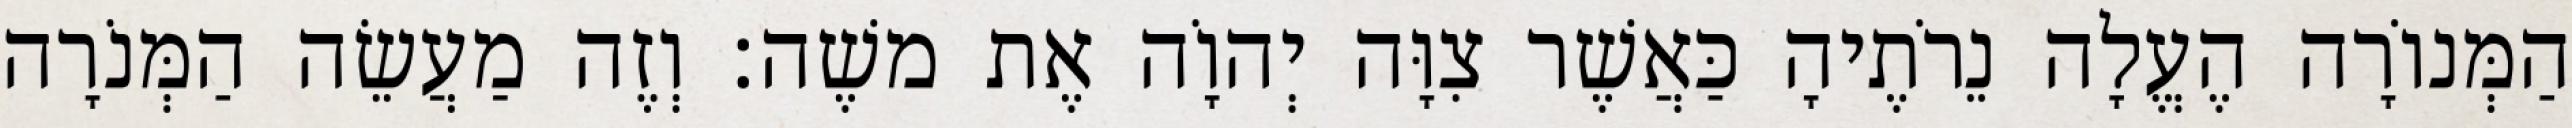
הַמְּנוֹרָה הֶעֱלָה נֵרֹתֶיהָ כַּאֲשֶׁר צִוָּה יְהוָֹה אֶת משֶׁה׃ וְזֶה מַעֲשֵׂה הַמְּנֹרָה